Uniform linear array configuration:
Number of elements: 32
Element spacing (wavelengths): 0.5
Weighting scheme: binomial
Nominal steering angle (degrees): -30
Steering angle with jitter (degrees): -31.77
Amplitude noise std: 0.05
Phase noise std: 0.05

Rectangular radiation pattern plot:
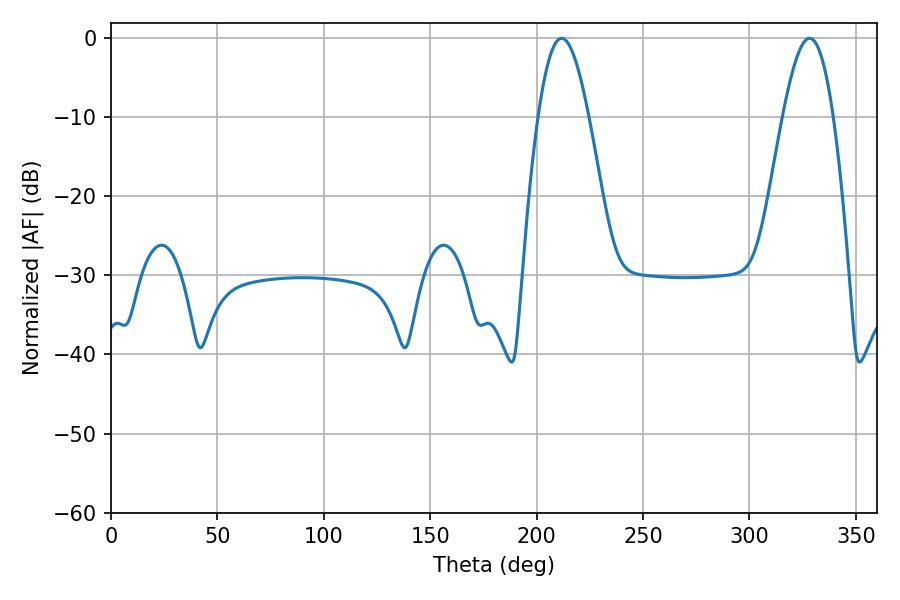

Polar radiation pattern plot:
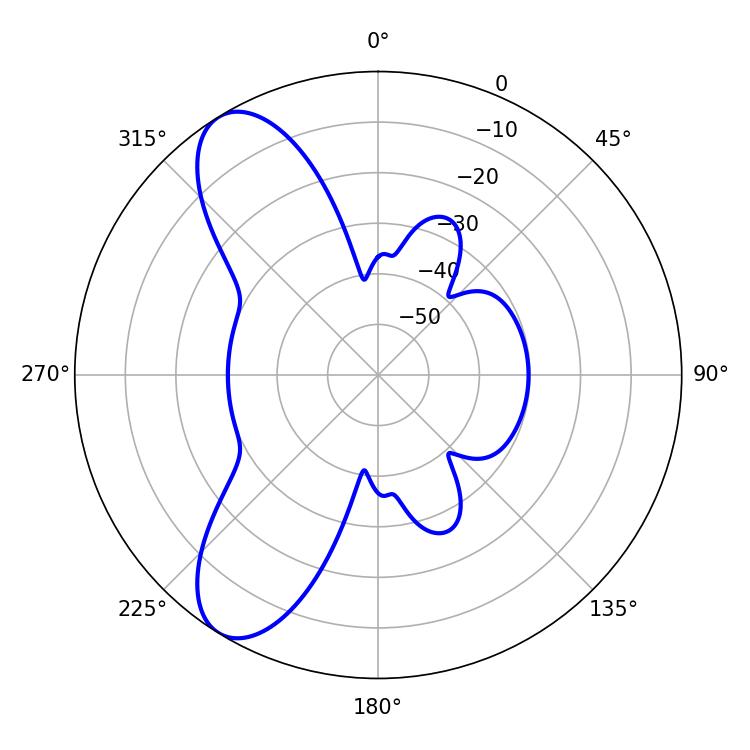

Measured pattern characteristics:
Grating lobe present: FALSE
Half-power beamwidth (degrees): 12.78
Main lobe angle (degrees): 211.68